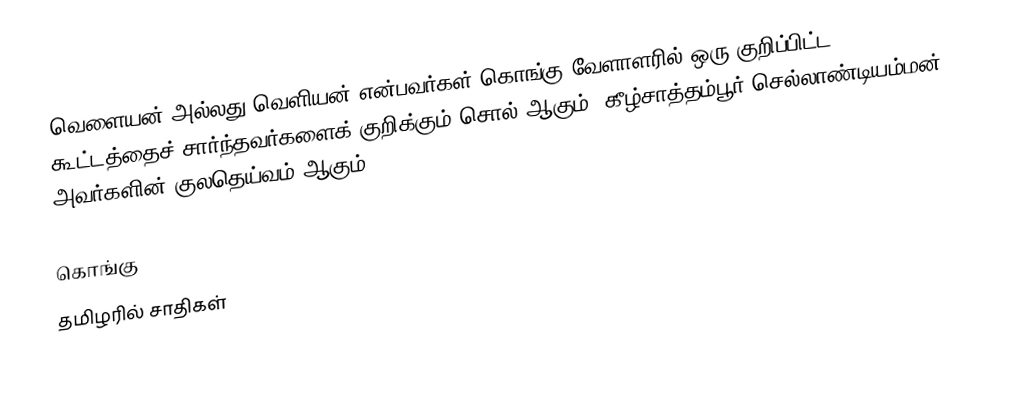
வெளையன் அல்லது வெளியன் என்பவர்கள் கொங்கு வேளாளரில் ஒரு குறிப்பிட்ட கூட்டத்தைச் சார்ந்தவர்களைக் குறிக்கும் சொல் ஆகும். கீழ்சாத்தம்பூர் செல்லாண்டியம்மன் அவர்களின் குலதெய்வம் ஆகும்.

கொங்கு
தமிழரில் சாதிகள்